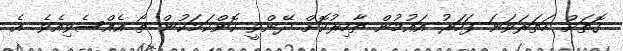
ގޮތަށް ހަތަރަވަނަ ފަހަރު އައުމުން ޠާހިރުކޮށް ދޭންވީ ކޮންކަމަކުން ތޯ އެއްސެވިއެވެ. އެ